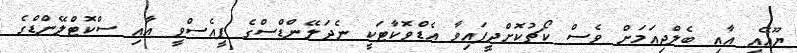
ޔޫއޭއީ އާއި ބެލްޖިއަމަށް ވެސް ކޯޗުކޮށްދީފައިވާ އެޑްވޮކާޓަކީ ނެދަލޭންޑްސްގެ ޕީއެސްވީ އާއި ސްކޮޓްލޭންޑްގެ